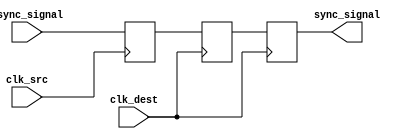
module triple_ff_synchronizer (
    input wire async_signal,   // Input signal from the source clock domain
    input wire clk_src,        // Clock signal of the source domain
    input wire clk_dest,       // Clock signal of the destination domain
    output reg sync_signal      // Synchronized output signal in the destination clock domain
);

    // Intermediate signals for the flip-flops
    reg ff1_out;               // Output of the first flip-flop
    reg ff2_out;               // Output of the second flip-flop

    // First Flip-Flop (FF1) - triggered by clk_src
    always @(posedge clk_src) begin
        ff1_out <= async_signal; // Capture async_signal on the rising edge of clk_src
    end

    // Second Flip-Flop (FF2) - triggered by clk_dest
    always @(posedge clk_dest) begin
        ff2_out <= ff1_out;      // Capture output of FF1 on the rising edge of clk_dest
    end

    // Third Flip-Flop (FF3) - also triggered by clk_dest
    always @(posedge clk_dest) begin
        sync_signal <= ff2_out;   // Capture output of FF2 on the rising edge of clk_dest
    end

endmodule